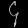
Digit: ၄